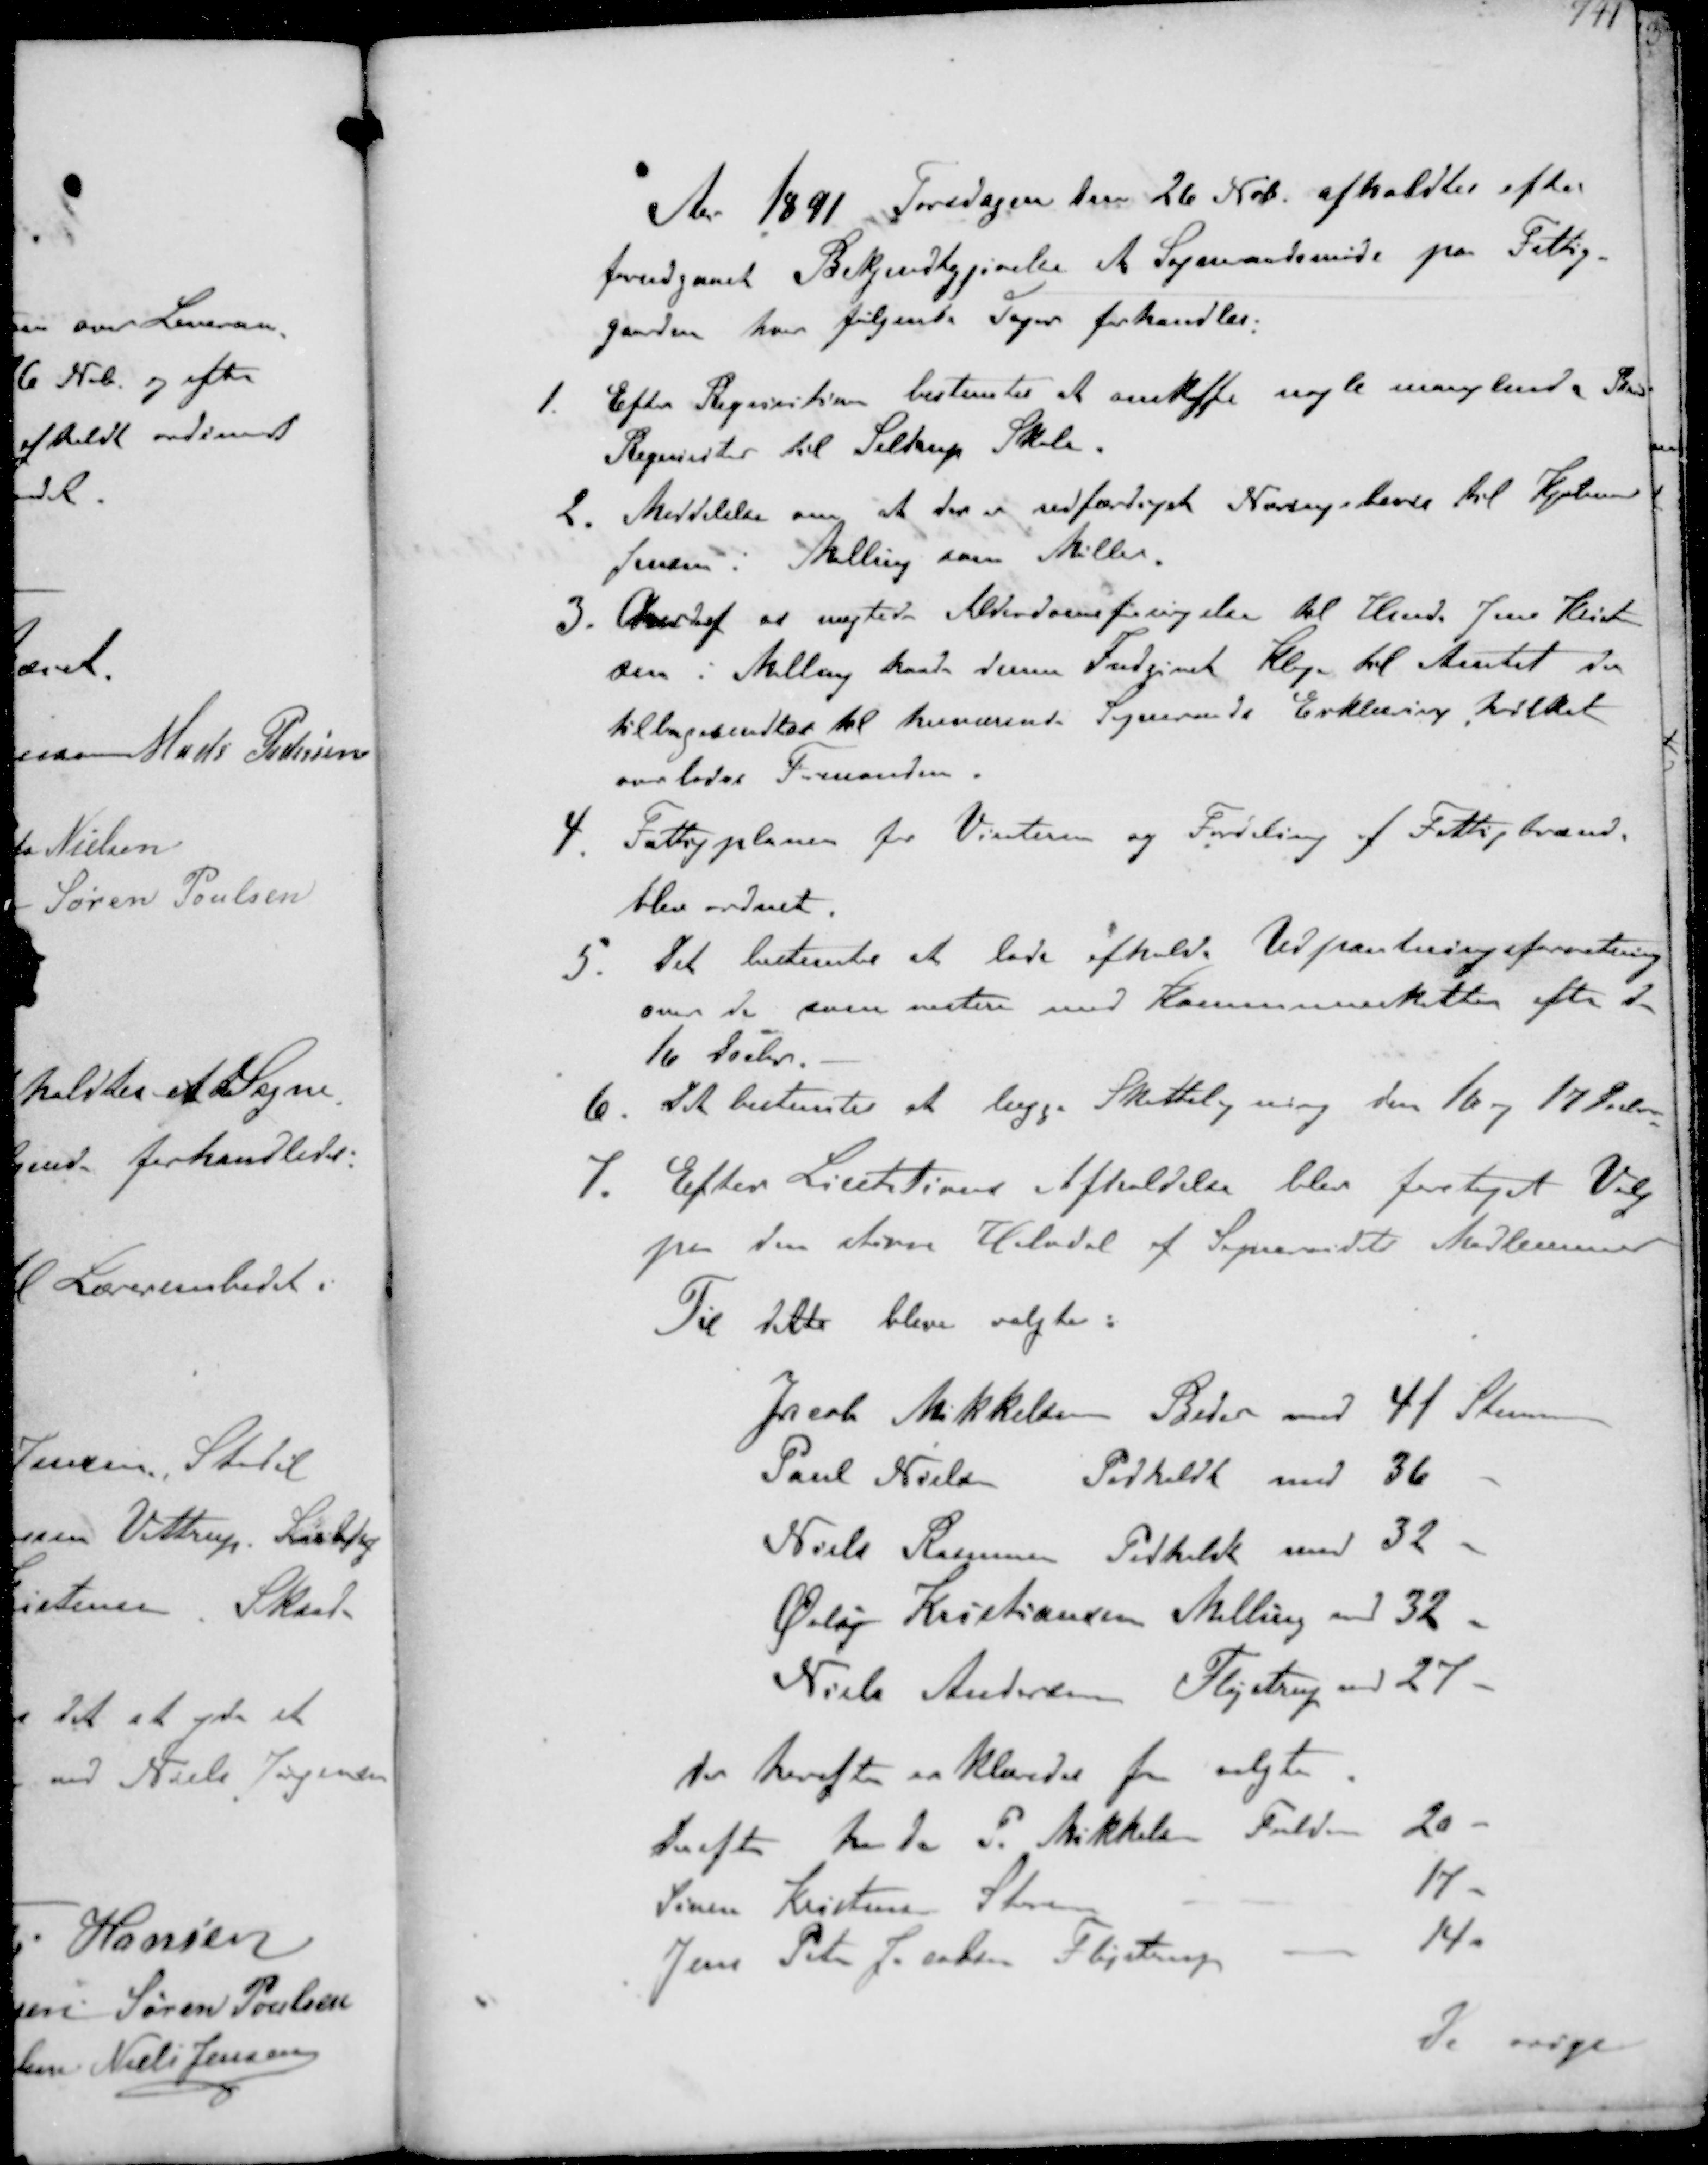
Transskription:
Aar 1891 Torsdagen den 26 Nvb. afholdtes efter
forudgaaet Bekendtgjørelse at Sogneaadsmøde pa Fattig-
gaarden hver følgende Sager forhandles.
1. Efter Reqvisition bestemtes at anskaffe nogle manglende Brand-
Reqvisiter til Seldrup Skole.
2. Meddelelse om at der er udfærdiget Næringsbevis til Kjøbmand
Jensen i Malling som Møller.
3.   nægtede Alderdomstesørgelse til Hmd. Jens Kristen-
sen i Malling havde denne Indgivet Klage til Amtet der
tilbagesendtes til herværende Sogneraads Erklæring hvilket
overloder Formanden
4. Fattigplanen for Vinteren og Fordeling af Fattigbrænde
blev ordnet.
5. Det bestemtes at lade afholde Udprantningsforretning
over de som restere med Kommuneskatten efter den
16 Decbr.
6. Det bestemtes at lægge Skatteligning den 16 og 17 Decbr
7. Efter Licititions Afholdelse blev foretaget Valg
paa den større Halvdel af Sogneraadets Medlemmer
Til dette bleve valgte:
Jacob Mikkelsen Beder med 41 Stemmer
Paul Nielsen Pedholdt med 36 -
Niels Rasmussen Pedholdt med 32 -
Øvlij Kristiansen Malling med 32 -
Niels Andersen Fløjstrup med 27 -
der herefter erklæredes for valgte
Derefter havde P Mikkelsen Fulden
20 -
Søren Kristensen Storen
17 -
Jens Peter Jacobsen Fløjstrup
14 -
de øvrige